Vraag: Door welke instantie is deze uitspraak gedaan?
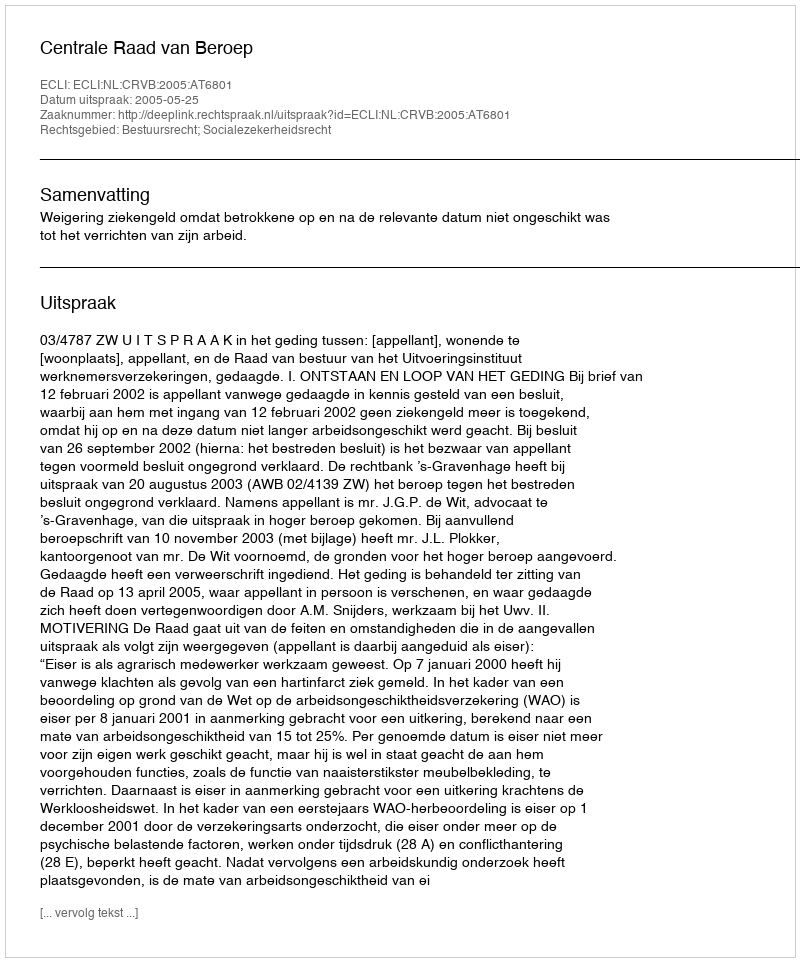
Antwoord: Centrale Raad van Beroep